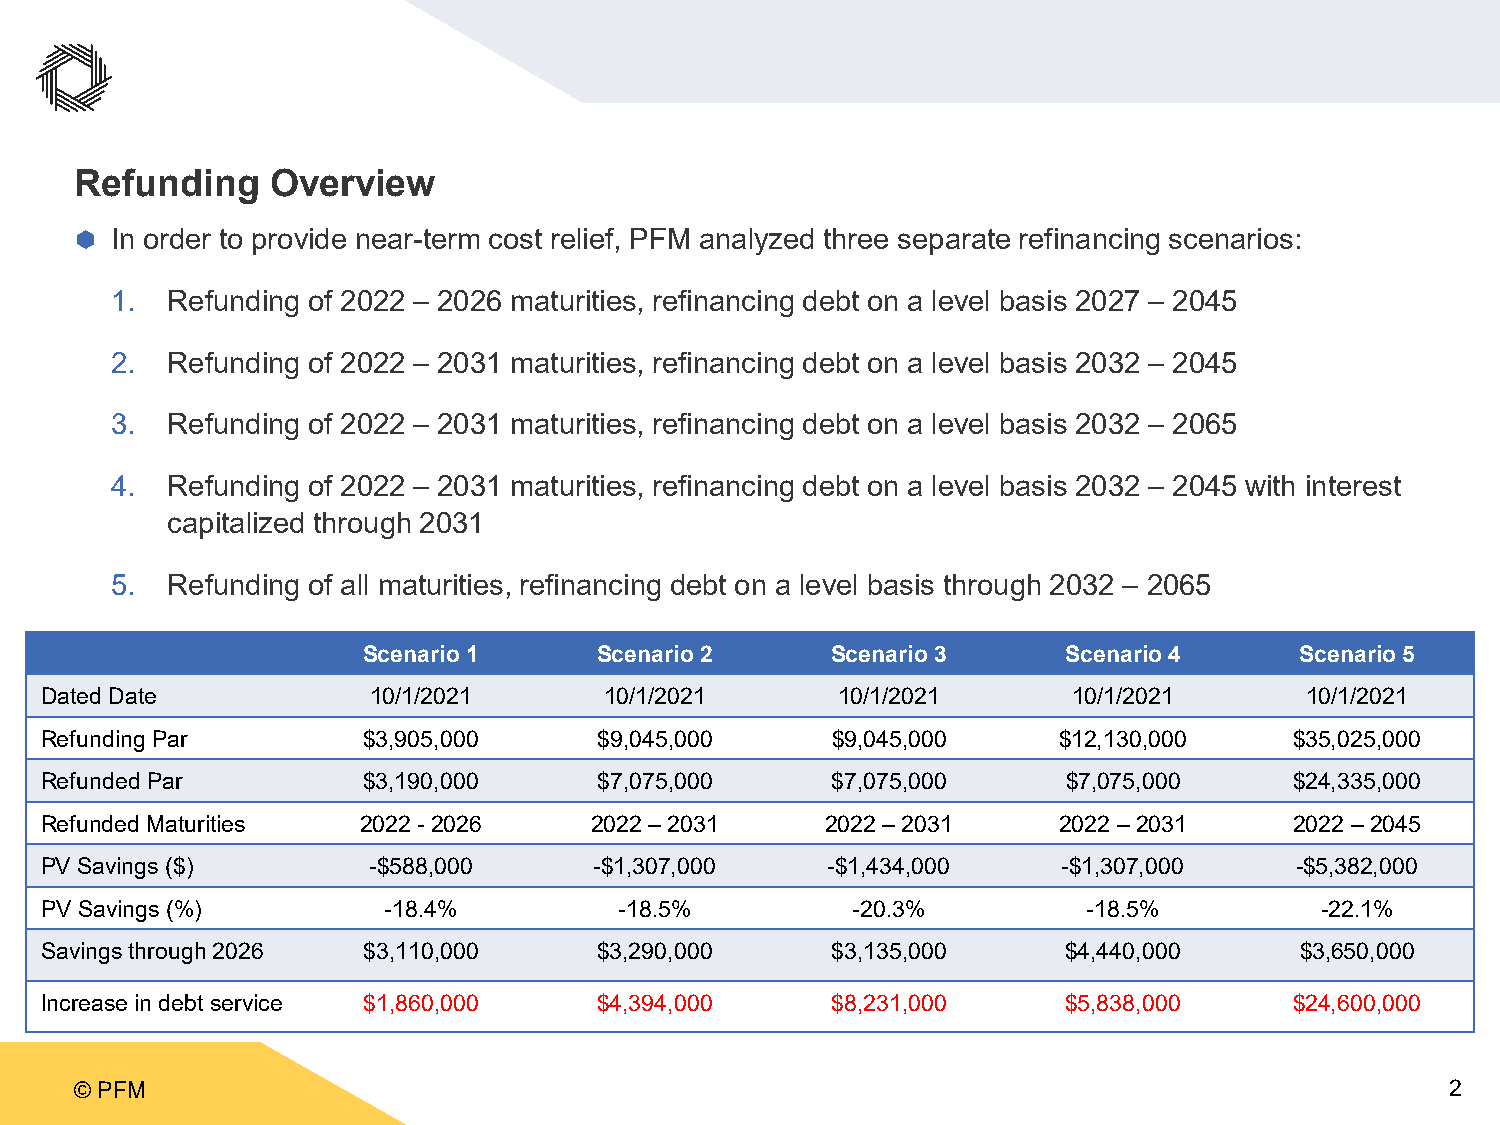
Refunding    Overview
  In order to provide near-term cost relief, PFM analyzed three separate refinancing scenarios:
 1.  Refunding of 2022 – 2026 maturities, refinancing debt on a level basis 2027 – 2045
 2.  Refunding of 2022 – 2031 maturities, refinancing debt on a level basis 2032 – 2045
 3.  Refunding of 2022 – 2031 maturities, refinancing debt on a level basis 2032 – 2065
 4.  Refunding of 2022 – 2031 maturities, refinancing debt on a level basis 2032 – 2045 with interest
 capitalized through 2031
 5.  Refunding of all maturities, refinancing debt on a level basis through 2032 – 2065
 Scenario 1      Scenario 2     Scenario 3      Scenario 4     Scenario 5
 Dated Date           10/1/2021       10/1/2021      10/1/2021       10/1/2021      10/1/2021
 Refunding Par        $3,905,000      $9,045,000     $9,045,000     $12,130,000     $35,025,000
 Refunded Par         $3,190,000      $7,075,000     $7,075,000      $7,075,000     $24,335,000
 Refunded Maturities  2022 -2026     2022 –2031      2022 –2031     2022 –2031      2022 –2045
 PV Savings ($)       -$588,000      -$1,307,000     -$1,434,000    -$1,307,000     -$5,382,000
 PV Savings (%)        -18.4%          -18.5%         -20.3%          -18.5%         -22.1%
 Savings through 2026 $3,110,000      $3,290,000     $3,135,000      $4,440,000     $3,650,000
 Increase in debt service $1,860,000  $4,394,000     $8,231,000      $5,838,000     $24,600,000
 © PFM                                                                                      2